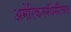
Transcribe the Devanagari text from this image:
अमेरिकनमॅथेमॅटिकल